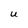
Character: U